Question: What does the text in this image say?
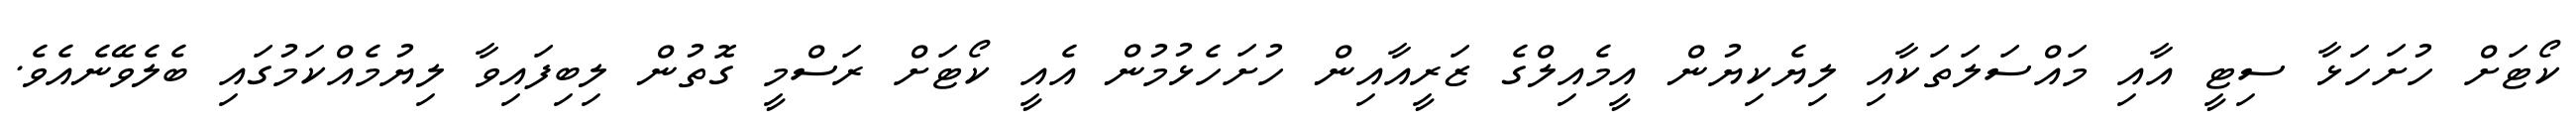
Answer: ކޯޓަށް ހުށަހަޅާ ސިޓީ އާއި މައްސަލަތަކާއި ލިޔެކިޔުން އީމެއިލްގެ ޒަރީއާއިން ހުށަހެޅުމުން އެއީ ކޯޓަށް ރަސްމީ ގޮތުން ލިބިފައިވާ ލިޔުމެއްކަމުގައި ބެލެވޭނެއެވެ.